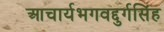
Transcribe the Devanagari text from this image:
आचार्यभगवद्दुर्गसिंह